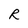
Character: R